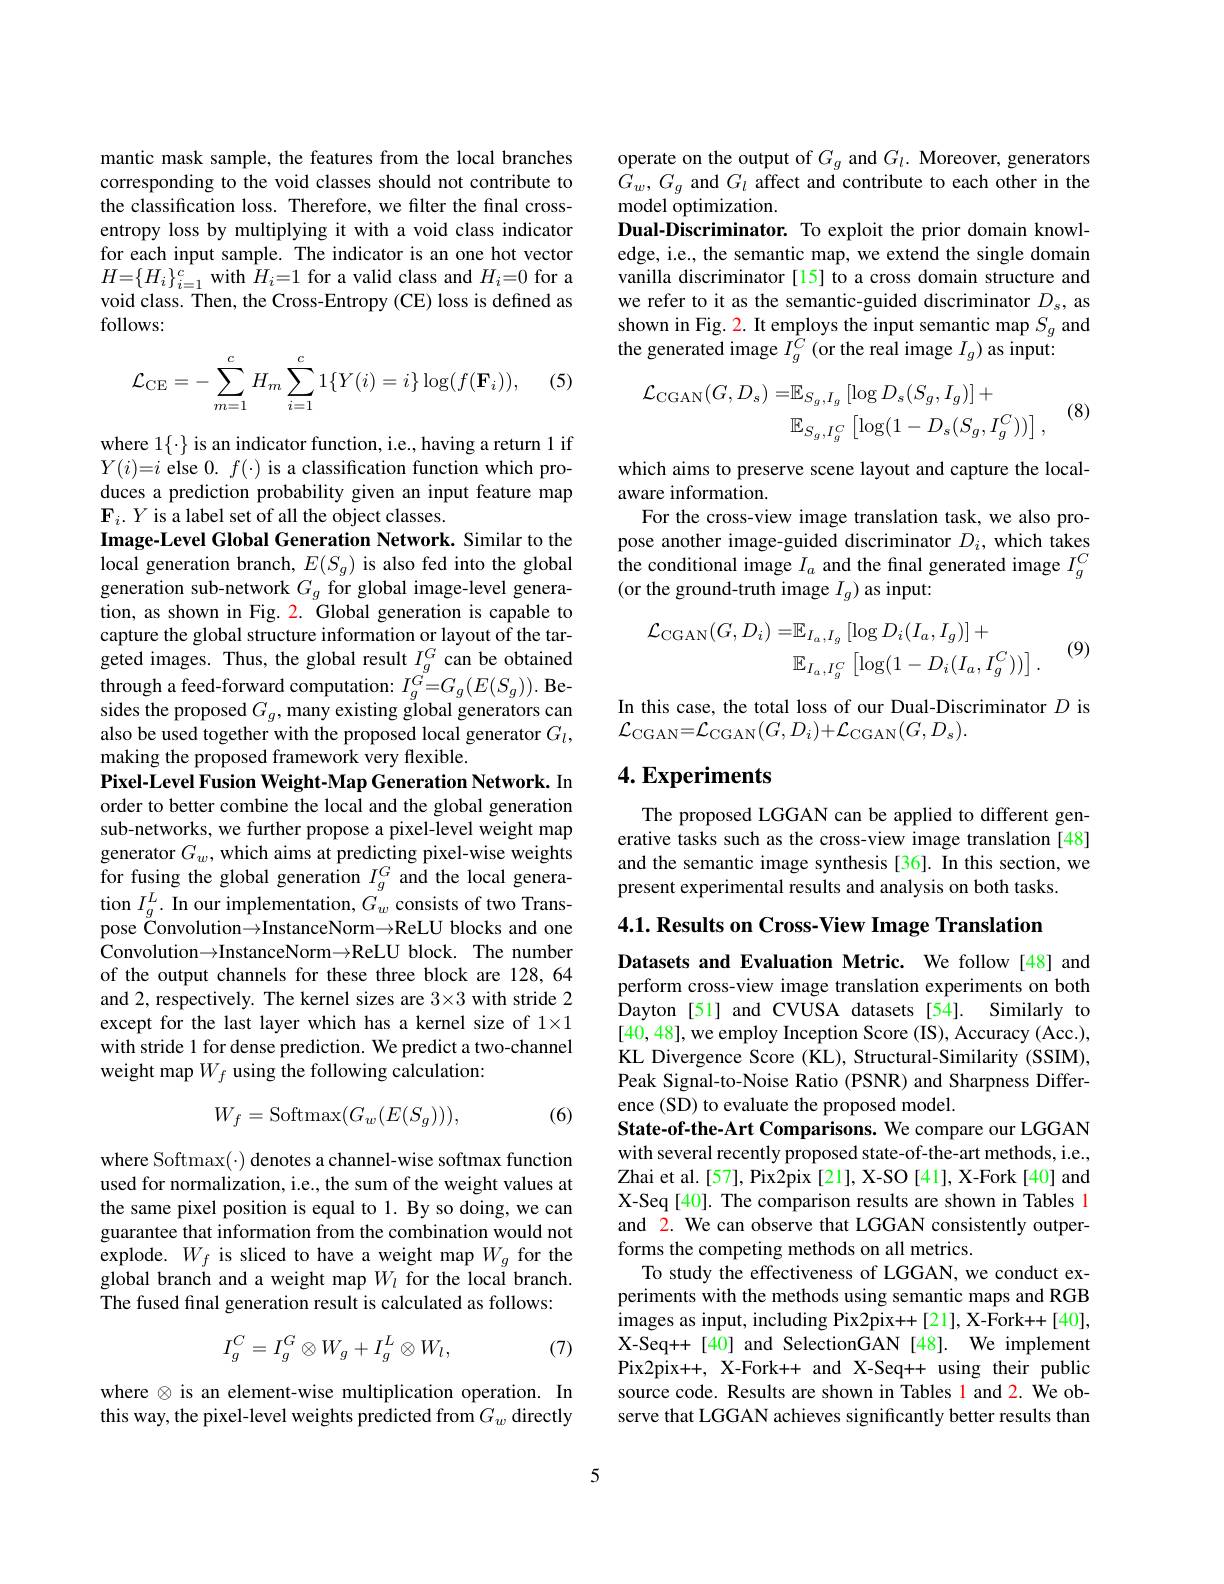
mantic mask sample, the features from the local branches corresponding to the void classes should not contribute to the classification loss. Therefore, we filter the final crossentropy loss by multiplying it with a void class indicator for each input sample. The indicator is an one hot vector $H{=}\{H_{i}\}_{i=1}^{c}$ with $H_i{=}1$ for a valid class and $H_i{=}0$ for a void class. Then, the Cross-Entropy (CE) loss is defined as follows:

(5)
$$\mathcal{L}_{\mathrm{CE}}=-\sum_{m=1}^{c}H_{m}\sum_{i=1}^{c}1\{Y(i)=i\}\log(f(\mathbf{F}_{i})),$$
where 1{-}is an indicator function, i.e., having a return 1 if $Y(i)=i$ else $0.f(\cdot)$ is a classification function which produces a prediction probability given an input feature map $\mathbf{F}_{i}.Y$ is a label set of all the object classes.
Image-Level Global Generation Network. Similar to the local generation branch, $E(S_g)$ is also fed into the global generation sub-network $G_g$ for global image-level generation, as shown in Fig. 2. Global generation is capable to capture the global structure information or layout of the targeted images. Thus, the global result $I_{g}^{G}$ can be obtained through a feed-forward computation: $I_{g}^{G^{\circ}=G_{g}(E(S_{g})).\mathrm{~Be-}}$ sides the proposed $G_g$, many existing global generators can also be used together with the proposed local generator $G_l$, making the proposed framework very flexible.
Pixel-Level Fusion Weight-Map Generation Network. In order to better combine the local and the global generation sub-networks, we further propose a pixel-level weight map generator $G_w$, which aims at predicting pixel-wise weights for fusing the global generation $I_g^G$ and the local generation $I_g^L.$ In our implementation, $G_w$ consists of two Transpose $\overset{\frown}{\operatorname*{Convolution\to\text{InstanceNorm}\to\text{ReLU blocks and one}}}$ Convolution$\to$InstanceNorm$\to$ReLU block. The number of the output channels for these three block are 128,64 and 2, respectively. The kernel sizes are 3×3 with stride 2 except for the last layer which has a kernel size of $1\times1$ with stride 1 for dense prediction. We predict a two-channel weight map $W_f$ using the following calculation:
$$W_f=\mathrm{Softmax}(G_w(E(S_g))),$$
(6)

where Softmax(·) denotes a channel-wise softmax function used for normalization, i.e., the sum of the weight values at the same pixel position is equal to 1. By so doing, we can guarantee that information from the combination would not explode. $W_{f}$ is sliced to have a weight map $W_{g}$ for the global branch and a weight map $W_l$ for the local branch. The fused final generation result is calculated as follows:
$$I_g^C=I_g^G\otimes W_g+I_g^L\otimes W_l,$$
(7)

where $\otimes$ is an element-wise multiplication operation. In this way, the pixel-level weights predicted from $G_w$ directly

operate on the output of $G_g$ and $G_l.$ Moreover, generators $G_w,G_g$ and $G_l$ affect and contribute to each other in the model optimization.
Dual-Discriminator. To exploit the prior domain knowledge, i.e., the semantic map, we extend the single domain vanilla discriminator [15] to a cross domain structure and we refer to it as the semantic-guided discriminator $D_{\mathrm{s}}$, as shown in Fig. 2. It employs the input semantic map $S_g$ and the generated image $I_g^C$ (or the real image $I_g)$ as input:
$$\begin{aligned}\mathcal{L}_{\mathrm{CGAN}}(G,D_{s})=&\mathbb{E}_{S_{g},I_{g}}[\log D_{s}(S_{g},I_{g})]+\\&\mathbb{E}_{S_{g},I_{g}^{C}}\left[\log(1-D_{s}(S_{g},I_{g}^{C}))\right],\end{aligned}$$
(8)

which aims to preserve scene layout and capture the local-
aware information.
For the cross-view image translation task, we also propose another image-guided discriminator $D_i$, which takes the conditional image $I_a$ and the final generated image $I_g^C$ (or the ground-truth image $I_g)$ as input:
$$\begin{aligned}\mathcal{L}_{\mathrm{CGAN}}(G,D_{i})=&\mathbb{E}_{I_{a},I_{g}}[\log D_{i}(I_{a},I_{g})]+\\&\mathbb{E}_{I_{a},I_{g}^{C}}\left[\log(1-D_{i}(I_{a},I_{g}^{C}))\right].\end{aligned}$$
(9)

In this case, the total loss of our Dual-Discriminator $D$ is
$\mathcal{L}_{\mathrm{CGAN}}=\mathcal{L}_{\mathrm{CGAN}}(G,D_{i})+\mathcal{L}_{\mathrm{CGAN}}(G,D_{s}).$

## 4. Experiments

The proposed LGGAN can be applied to different generative tasks such as the cross-view image translation [48] and the semantic image synthesis [36]. In this section, we present experimental results and analysis on both tasks.

$4. 1. \textbf{Results on Cross- View Image Translation}$

Datasets and Evaluation Metric. We follow [48] and perform cross-view image translation experiments on both Dayton [51] and CVUSA datasets [54]. Similarly to [40,48],we employ Inception Score (IS), Accuracy (Acc.), KL Divergence Score (KL), Structural-Similarity (SSIM), Peak Signal-to-Noise Ratio (PSNR) and Sharpness Difference (SD) to evaluate the proposed model.
State-of-the-Art Comparisons. We compare our LGGAN with several recently proposed state-of-the-art methods, i.e., Zhai et al.[57], Pix2pix [21], X-SO [41], X-Fork [40] and X-Seq[40]. The comparison results are shown in Tables 1 and 2. We can observe that LGGAN consistently outperforms the competing methods on all metrics.
To study the effectiveness of LGGAN, we conduct experiments with the methods using semantic maps and RGB images as input, including Pix2pix++[21], X-Fork++[40], X-Seq++[40] and SelectionGAN [48]. We implement Pix2pix++, X-Fork++ and X-Seq++ using their public source code. Results are shown in Tables 1 and 2. We observe that LGGAN achieves significantly better results than

5